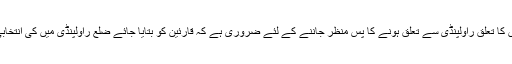
مسلم لیگ ن کے نصف سے زائد امیدواروں کا تعلق راولپنڈی سے تعلق ہونے کا پس منظر جاننے کے لئے ضروری ہے کہ قارئین کو بتایا جائے ضلع راولپنڈی میں کی انتخابی پوزیشن کیا ہے اور ماضی میں کیا تھی۔